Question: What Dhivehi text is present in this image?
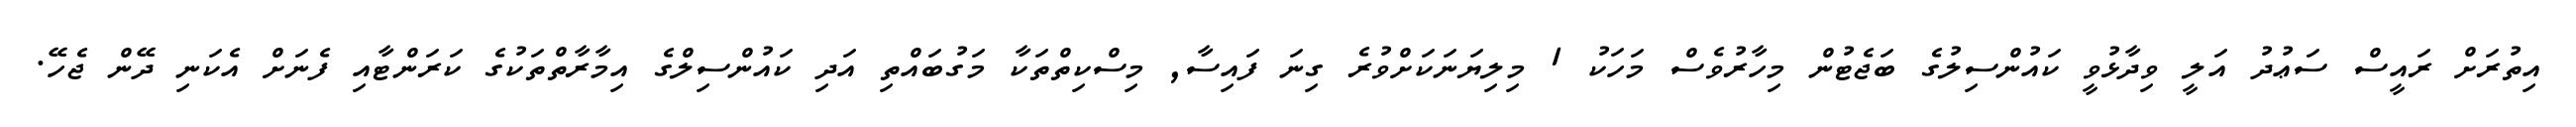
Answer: އިތުރަށް ރައީސް ސަޢުދު އަލީ ވިދާޅުވީ ކައުންސިލުގެ ބަޖެޓުން މިހާރުވެސް މަހަކު 1 މިލިޔަނަކަށްވުރެ ގިނަ ފައިސާ, މިސްކިތްތަކާ މަގުބައްތި އަދި ކައުންސިލްގެ އިމާރާތްތަކުގެ ކަރަންޓާއި ފެނަށް އެކަނި ދޭން ޖެހޭ.